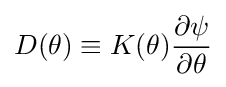
D(\theta )\equiv K(\theta ){\frac {\partial \psi }{\partial \theta }}